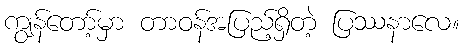
ကျွန်တော့်မှာ တာဝန်အပြည့်ရှိတဲ့ ပြဿနာလေ။